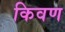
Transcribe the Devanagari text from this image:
किवण